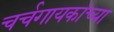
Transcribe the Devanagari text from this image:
चर्चगायकांच्या